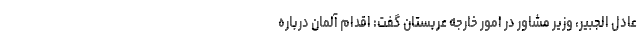
عادل الجبیر، وزیر مشاور در امور خارجه عربستان گفت: اقدام آلمان درباره